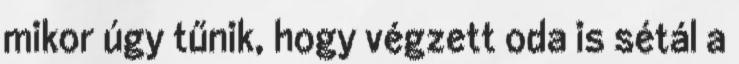
mikor úgy tűnik, hogy végzett oda is sétál a